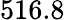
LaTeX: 516.8